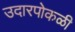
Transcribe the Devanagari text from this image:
उदारपोकळी